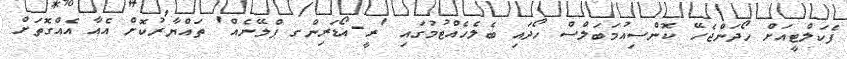
ފެކަލްޓީއަށް ހޯދަންޖެހޭ ކޮންސިއުމަބަލްސް ހޯދައި ބެލެހެއްޓުމުގައި 'ރީ-އޯޑަރިންގ ޕްލޭނެއް' ތައްޔާރުކޮށް އެއާ އެއްގޮތަށް